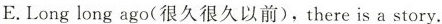
E.Long long ago(很久很久以前),there is a story.